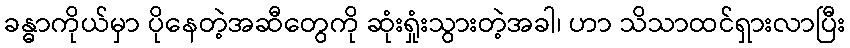
ခန္ဓာကိုယ်မှာ ပိုနေတဲ့အဆီတွေကို ဆုံးရှုံးသွားတဲ့အခါ၊ ဟာ သိသာထင်ရှားလာပြီး